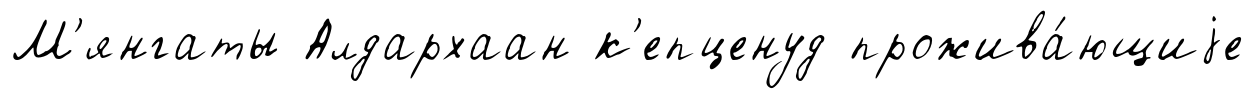
М'янгаты Алдархаан к'епценуд прожива́ющиjе